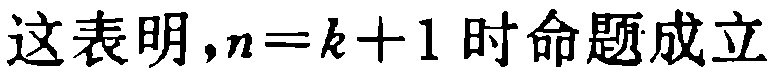
这表明,$n = k + 1$ 时命题成立